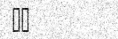
٨٨